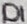
Text: D1